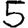
Digit: 5